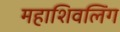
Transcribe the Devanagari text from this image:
महाशिवलिंग